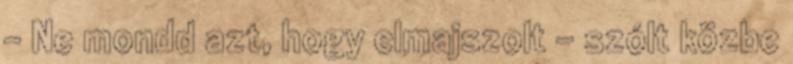
– Ne mondd azt, hogy elmajszolt – szólt közbe